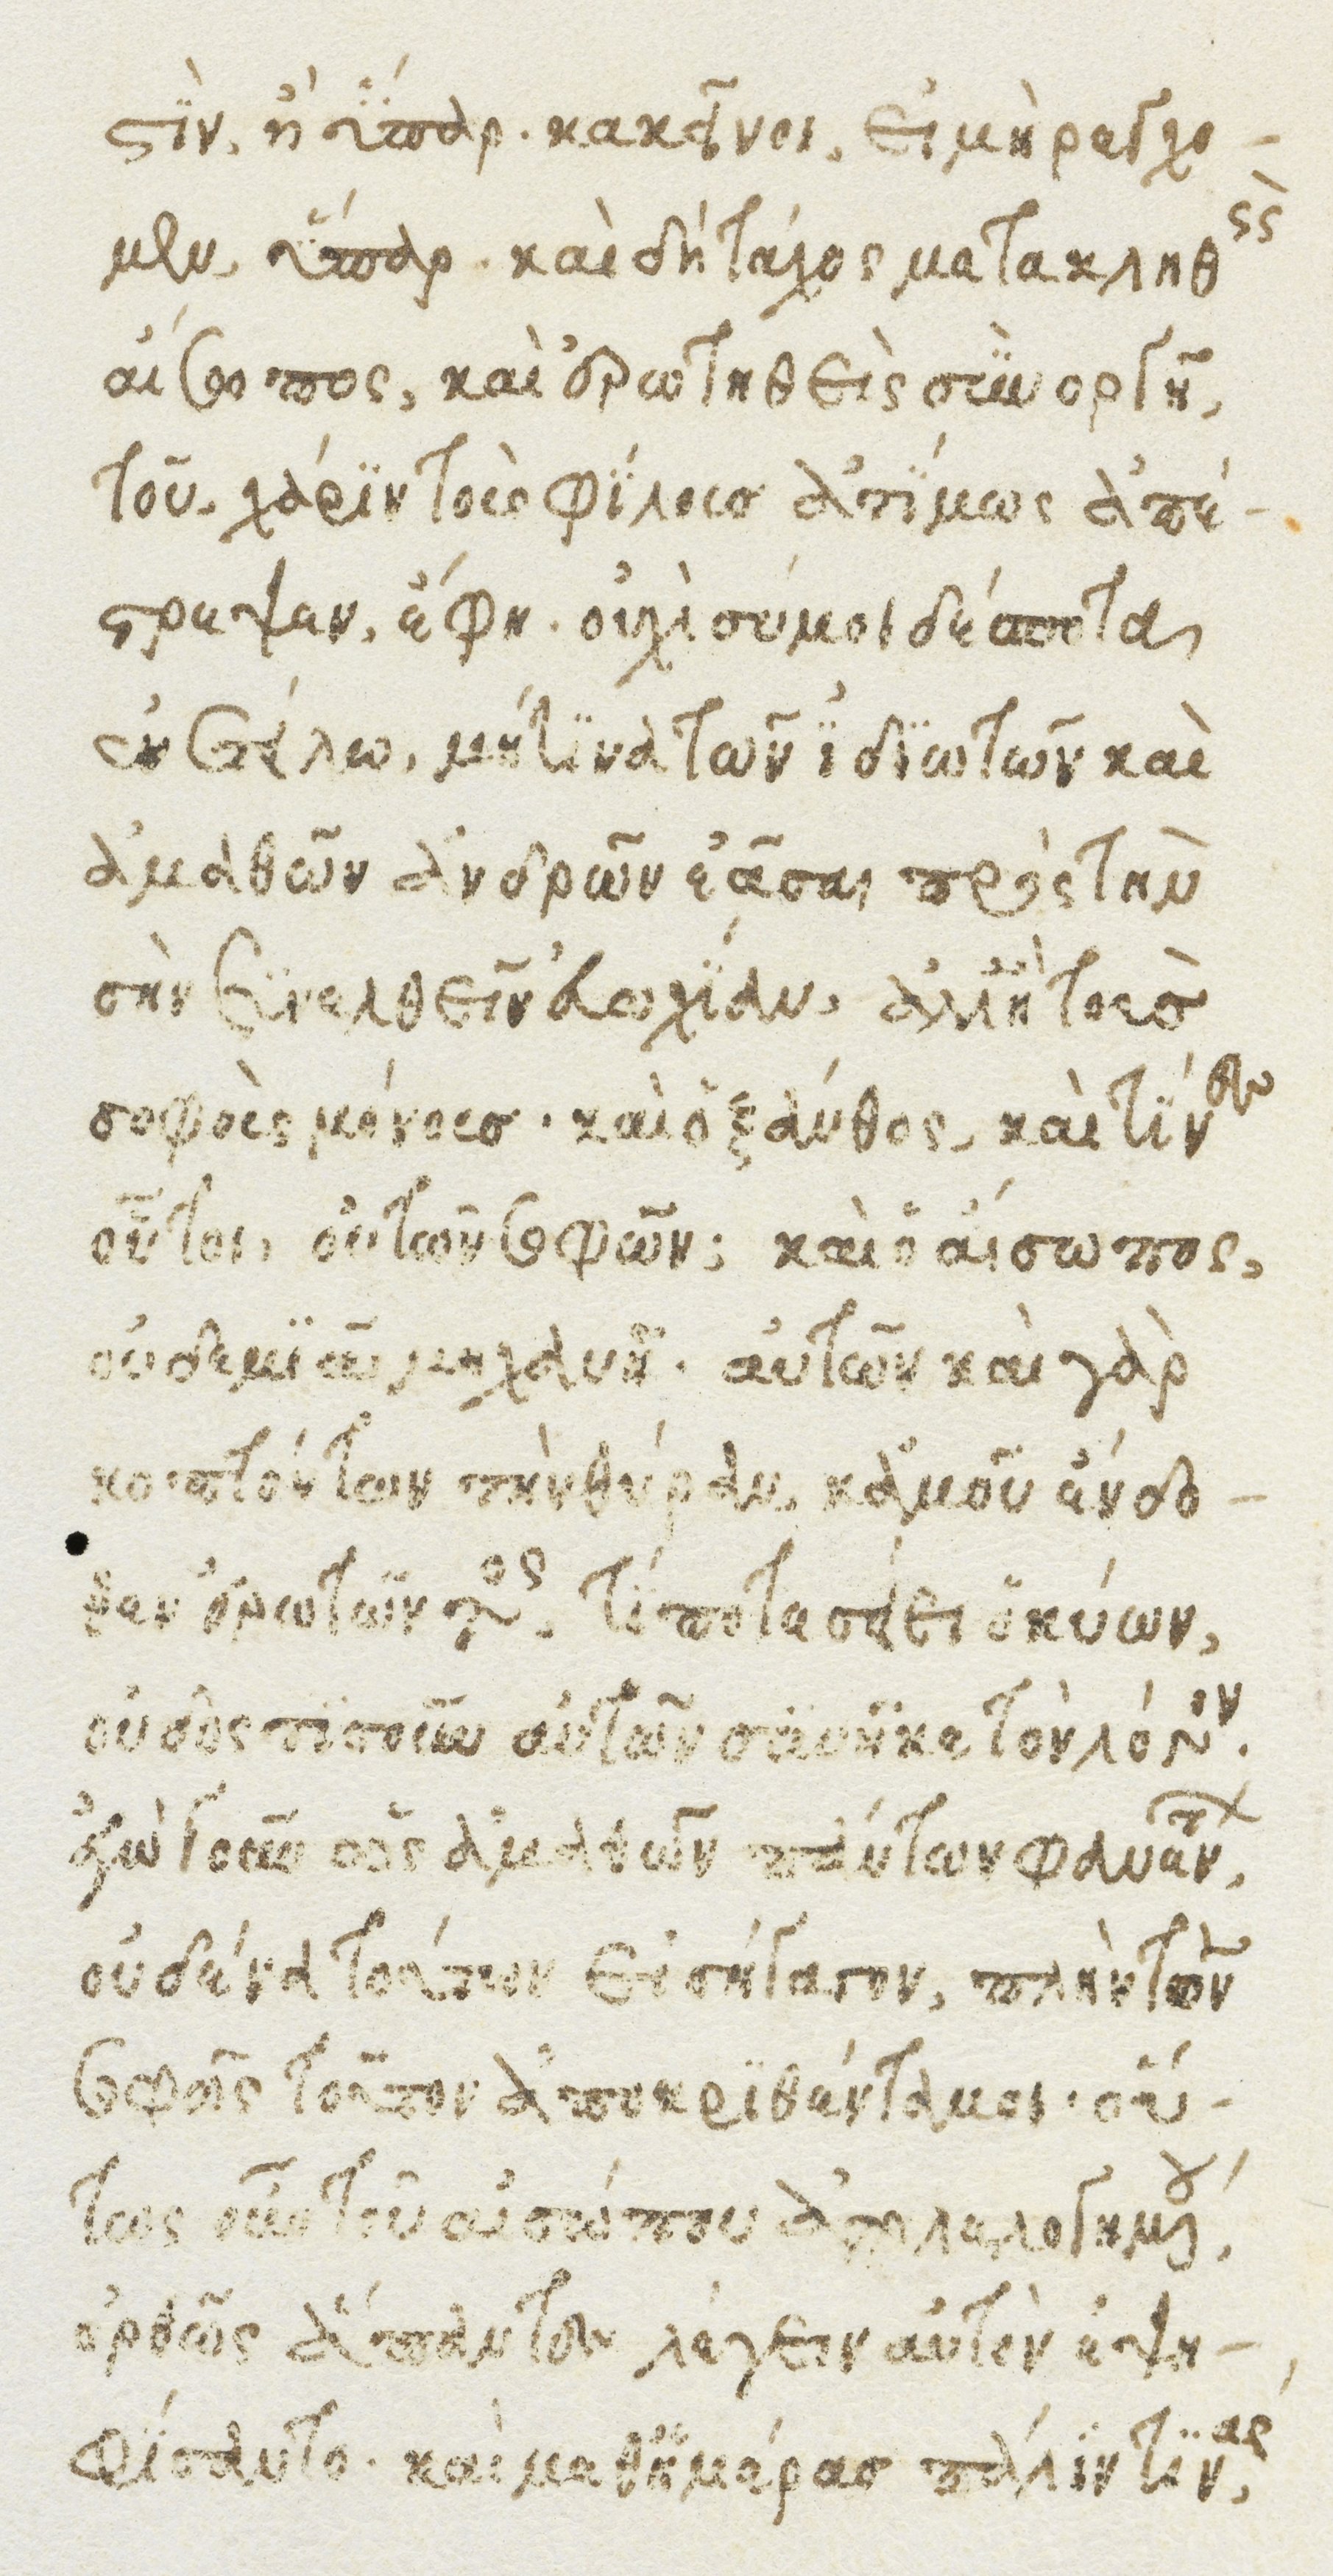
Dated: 1482–1485